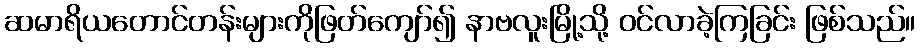
ဆမာရိယတောင်တန်းများကိုဖြတ်ကျော်၍ နာဗလူးမြို့သို့ ဝင်လာခဲ့ကြခြင်း ဖြစ်သည်။